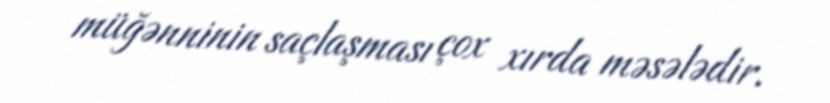
müğənninin saçlaşması çox xırda məsələdir.